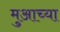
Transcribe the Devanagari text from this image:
मुआच्या